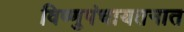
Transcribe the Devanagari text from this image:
विष्णुपंचायतनात